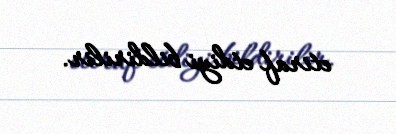
etiraf etdiyi bildirilir.